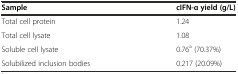
| Sample | cIFN-α yield (g/L) |
 | --- | --- |
 | Total cell protein | 1.24 |
 | Total cell lysate | 1.08 |
 | Soluble cell lysate | 0.76a (70.37%) |
 | Solubilized inclusion bodies | 0.217 (20.09%) |